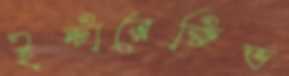
ইন্টারেক্টিভ